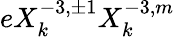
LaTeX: eX_{k}^{-3,\pm 1}X_{k}^{-3,m}